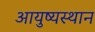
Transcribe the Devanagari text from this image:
आयुष्यस्थान